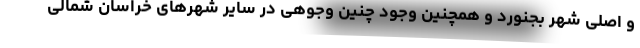
و اصلی شهر بجنورد و همچنین وجود چنین وجوهی در سایر شهرهای خراسان شمالی